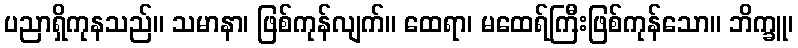
ပညာရှိကုနသည်။ သမာနာ၊ ဖြစ်ကုန်လျက်။ ထေရာ၊ မထေရ်ကြီးဖြစ်ကုန်သော။ ဘိက္ခူ၊